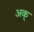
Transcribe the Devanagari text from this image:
अक्